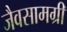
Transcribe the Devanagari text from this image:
जैवसामग्री